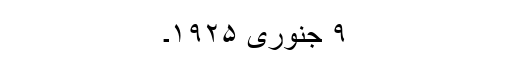
۹ جنوری ۱۹۲۵۔